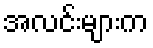
အလင်းများက